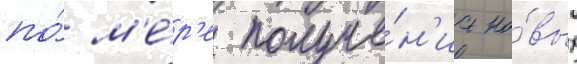
по́ м'е́р'е получе́н'иа но́вых